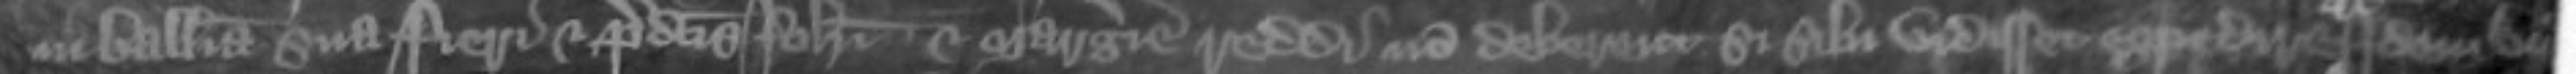
in balliva sua fieri et predictis Johanni et Margerie reddi non deberent si sibi vidisset expedire idem vicecomes